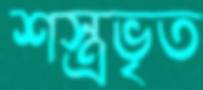
শস্ত্রভৃত